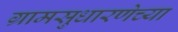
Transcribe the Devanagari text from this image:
ग्रामसुधारणेच्या